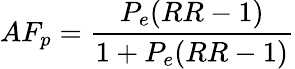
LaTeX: AF_{p}={\frac{P_{e}(RR-1)}{1+P_{e}(RR-1)}}